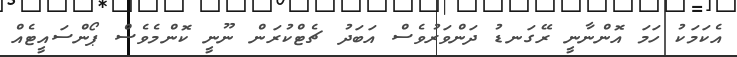
އެކަމަކު ހަމަ އޮންނާނީ ރޭގަނޑު ދަންވަރުވެސް އަބަދު ޗެޓްކުރަން ނޫނީ ކޮންމެވެސް ޕޯންސައީޓެއް